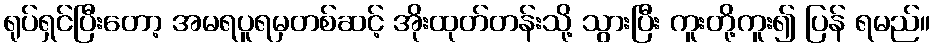
ရုပ်ရှင်ပြီးတော့ အမရပူရမှတစ်ဆင့် အိုးထုတ်တန်းသို့ သွားပြီး ကူးတို့ကူး၍ ပြန် ရမည်။